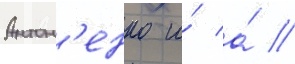
Антон'енко и́ а́ //